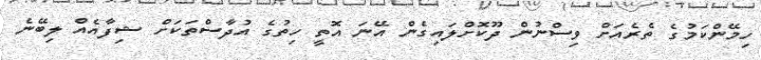
ހިމޭންކަމުގެ ތެރެއަށް ވިސްނުން ދޫކޮށްލައިގެން އޭނަ އޮތީ ހިތުގެ އުދާސްތަކަށް ޝިފާއެއް ލިބޭނެ